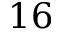
1 6